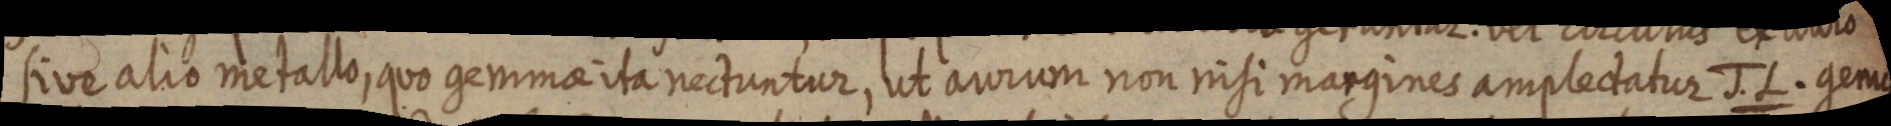
sive alio metallo, quo gemma ita nectuntur, ut aurum non nisi margines amplectatur J.L. genus